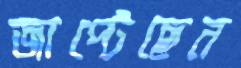
জাপ্‌টেছেন